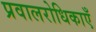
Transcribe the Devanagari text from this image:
प्रवालरोधिकाएँ